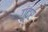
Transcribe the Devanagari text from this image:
गुंदर